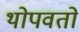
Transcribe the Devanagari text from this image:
थोपवतो